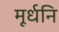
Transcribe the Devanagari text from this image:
मूर्धनि